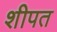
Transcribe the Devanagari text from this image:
शीपत